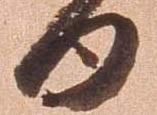
日